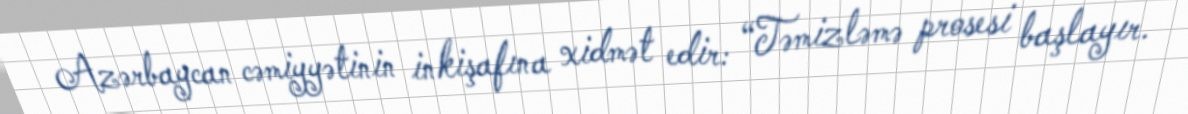
Azərbaycan cəmiyyətinin inkişafına xidmət edir: “Təmizləmə prosesi başlayır.